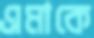
এমাকে